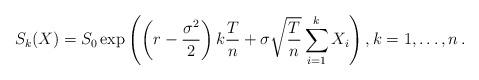
LaTeX: \begin{align*}S_{k}(X)=S_{0}\exp\left(\left(r-\frac{\sigma^2}{2}\right)k\frac{T}{n}+\sigma\sqrt{\frac{T}{n}}\sum_{i=1}^{k}X_i\right),k=1,\ldots,n\,.\end{align*}